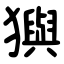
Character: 㺞